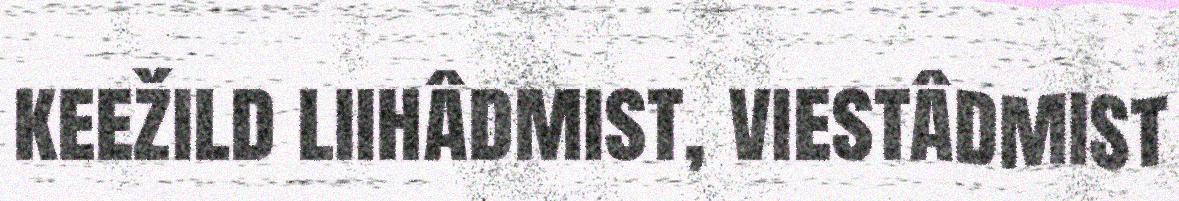
keežild liihâdmist, viestâdmist